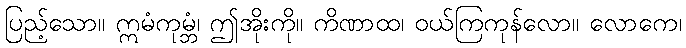
ပြည့်သော။ ဣမံကုမ္ဘံ၊ ဤအိုးကို။ ကိဏာထ၊ ဝယ်ကြကုန်လော။ လောကေ၊